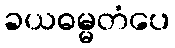
ခယဓမ္မတံပေ